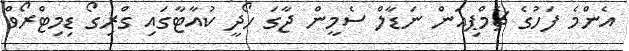
އެންމެ ފަހުގެ ޗެމްޕިއަން ނަޑާލް ސެމީން ޖާގަ ހޯދީ ކުއާޓާގައި ގްރިގޯ ޑިމިޓްރޯވް